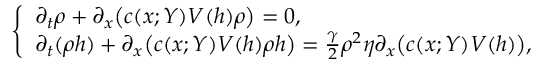
\left\{ \begin{array} { l l } { \partial _ { t } \rho + \partial _ { x } \bigl ( c ( x ; Y ) V ( h ) \rho \bigr ) = 0 , } \\ { \partial _ { t } ( \rho h ) + \partial _ { x } \bigl ( c ( x ; Y ) V ( h ) \rho h \bigr ) = \frac { \gamma } { 2 } \rho ^ { 2 } \eta \partial _ { x } \bigl ( c ( x ; Y ) V ( h ) \bigr ) , } \end{array} \right.